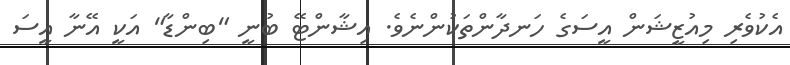
އެކުވެރި މިއުޒީޝަން އީސަގެ ހަނދާންތަކުންނެވެ. އިޝާންޓޭ ބުނީ "ބިންޑާ" އަކީ އޭނާ އީސަ